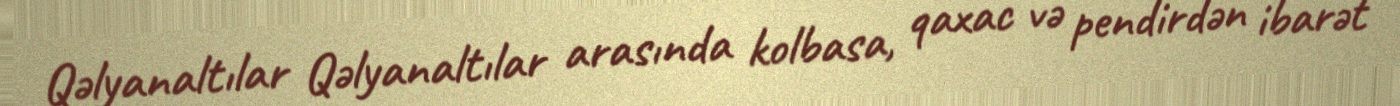
Qəlyanaltılar Qəlyanaltılar arasında kolbasa, qaxac və pendirdən ibarət